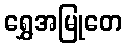
ရွှေအမြုတေ